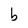
Character: b